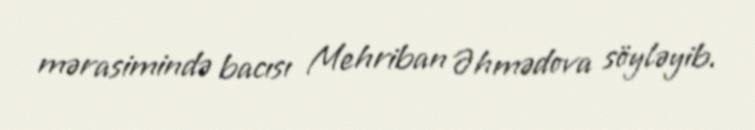
mərasimində bacısı Mehriban Əhmədova söyləyib.